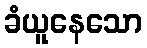
ခံယူနေသော